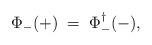
\begin{align*}\Phi_-(+) \; = \; \Phi_-^\dagger(-), \end{align*}